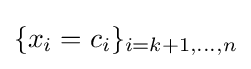
\{x_{i}=c_{i}\}_{i=k+1,\ldots ,n}